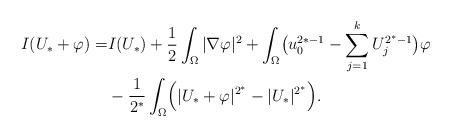
LaTeX: \begin{align*}I(U_*+\varphi)= &I(U_*) +\frac12\int_\Omega |\nabla \varphi|^2 + \int_\Omega \bigl( u_0^{2*-1} -\sum_{j=1}^k U_j^{2^*-1}\bigr)\varphi\\&-\frac1{2^*} \int_\Omega \Bigl( | U_*+\varphi|^{2^*} - | U_*|^{2^*} \Bigr).\end{align*}